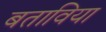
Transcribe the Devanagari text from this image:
बताविया